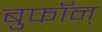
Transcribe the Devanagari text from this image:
बुफॉन्